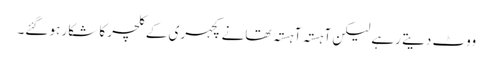
ووٹ دیتے رہے لیکن آہستہ آہستہ تھانے کچہری کے کلچر کا شکار ہو گئے۔